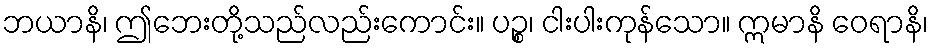
ဘယာနိ၊ ဤဘေးတို့သည်လည်းကောင်း။ ပဉ္စ၊ ငါးပါးကုန်သော။ ဣမာနိ ဝေရာနိ၊